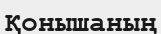
Қонышаның